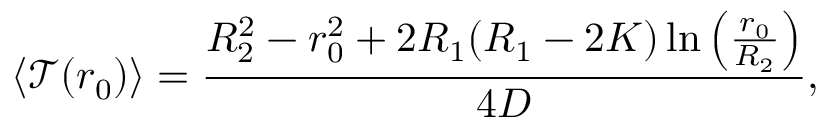
\langle \mathcal { T } ( r _ { 0 } ) \rangle = \frac { R _ { 2 } ^ { 2 } - r _ { 0 } ^ { 2 } + 2 R _ { 1 } ( R _ { 1 } - 2 K ) \ln \left( \frac { r _ { 0 } } { R _ { 2 } } \right) } { 4 D } ,